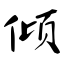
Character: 倾